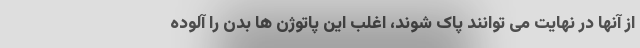
از آنها در نهایت می توانند پاک شوند، اغلب این پاتوژن ها بدن را آلوده